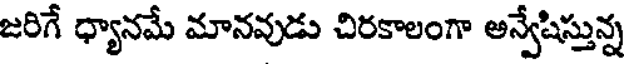
జరిగే ధ్యానమే మానవుడు చిరకాలంగా అన్వేషిస్తున్న